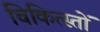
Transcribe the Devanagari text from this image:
चिकित्स्तों